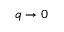
q \rightarrow 0